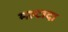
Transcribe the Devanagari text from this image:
मल्टादा